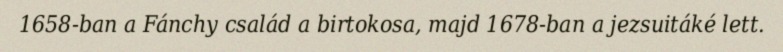
1658-ban a Fánchy család a birtokosa, majd 1678-ban a jezsuitáké lett.